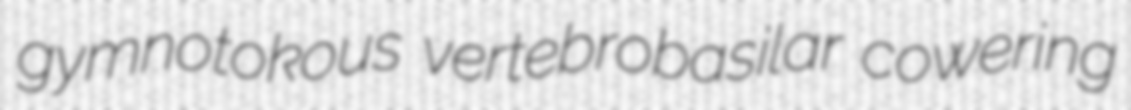
gymnotokous vertebrobasilar cowering